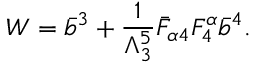
W = \bar { b } ^ { 3 } + \frac { 1 } { \Lambda _ { 3 } ^ { 5 } } \bar { F } _ { \alpha 4 } F _ { 4 } ^ { \alpha } \bar { b } ^ { 4 } .